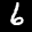
Label: 6